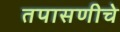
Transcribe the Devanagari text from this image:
तपासणीचे